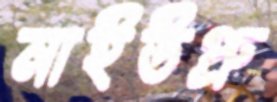
নাইউপ্রু